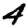
Digit: 4